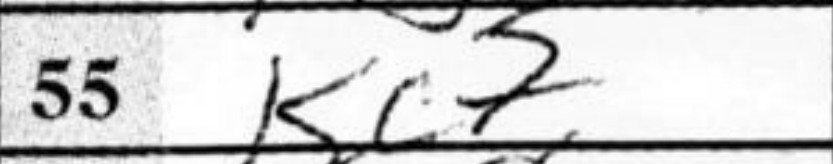
Transcription: Kc7